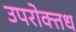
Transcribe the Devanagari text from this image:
उपरोक्तध